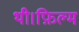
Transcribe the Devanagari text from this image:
थी।फ़िल्म